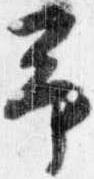
予